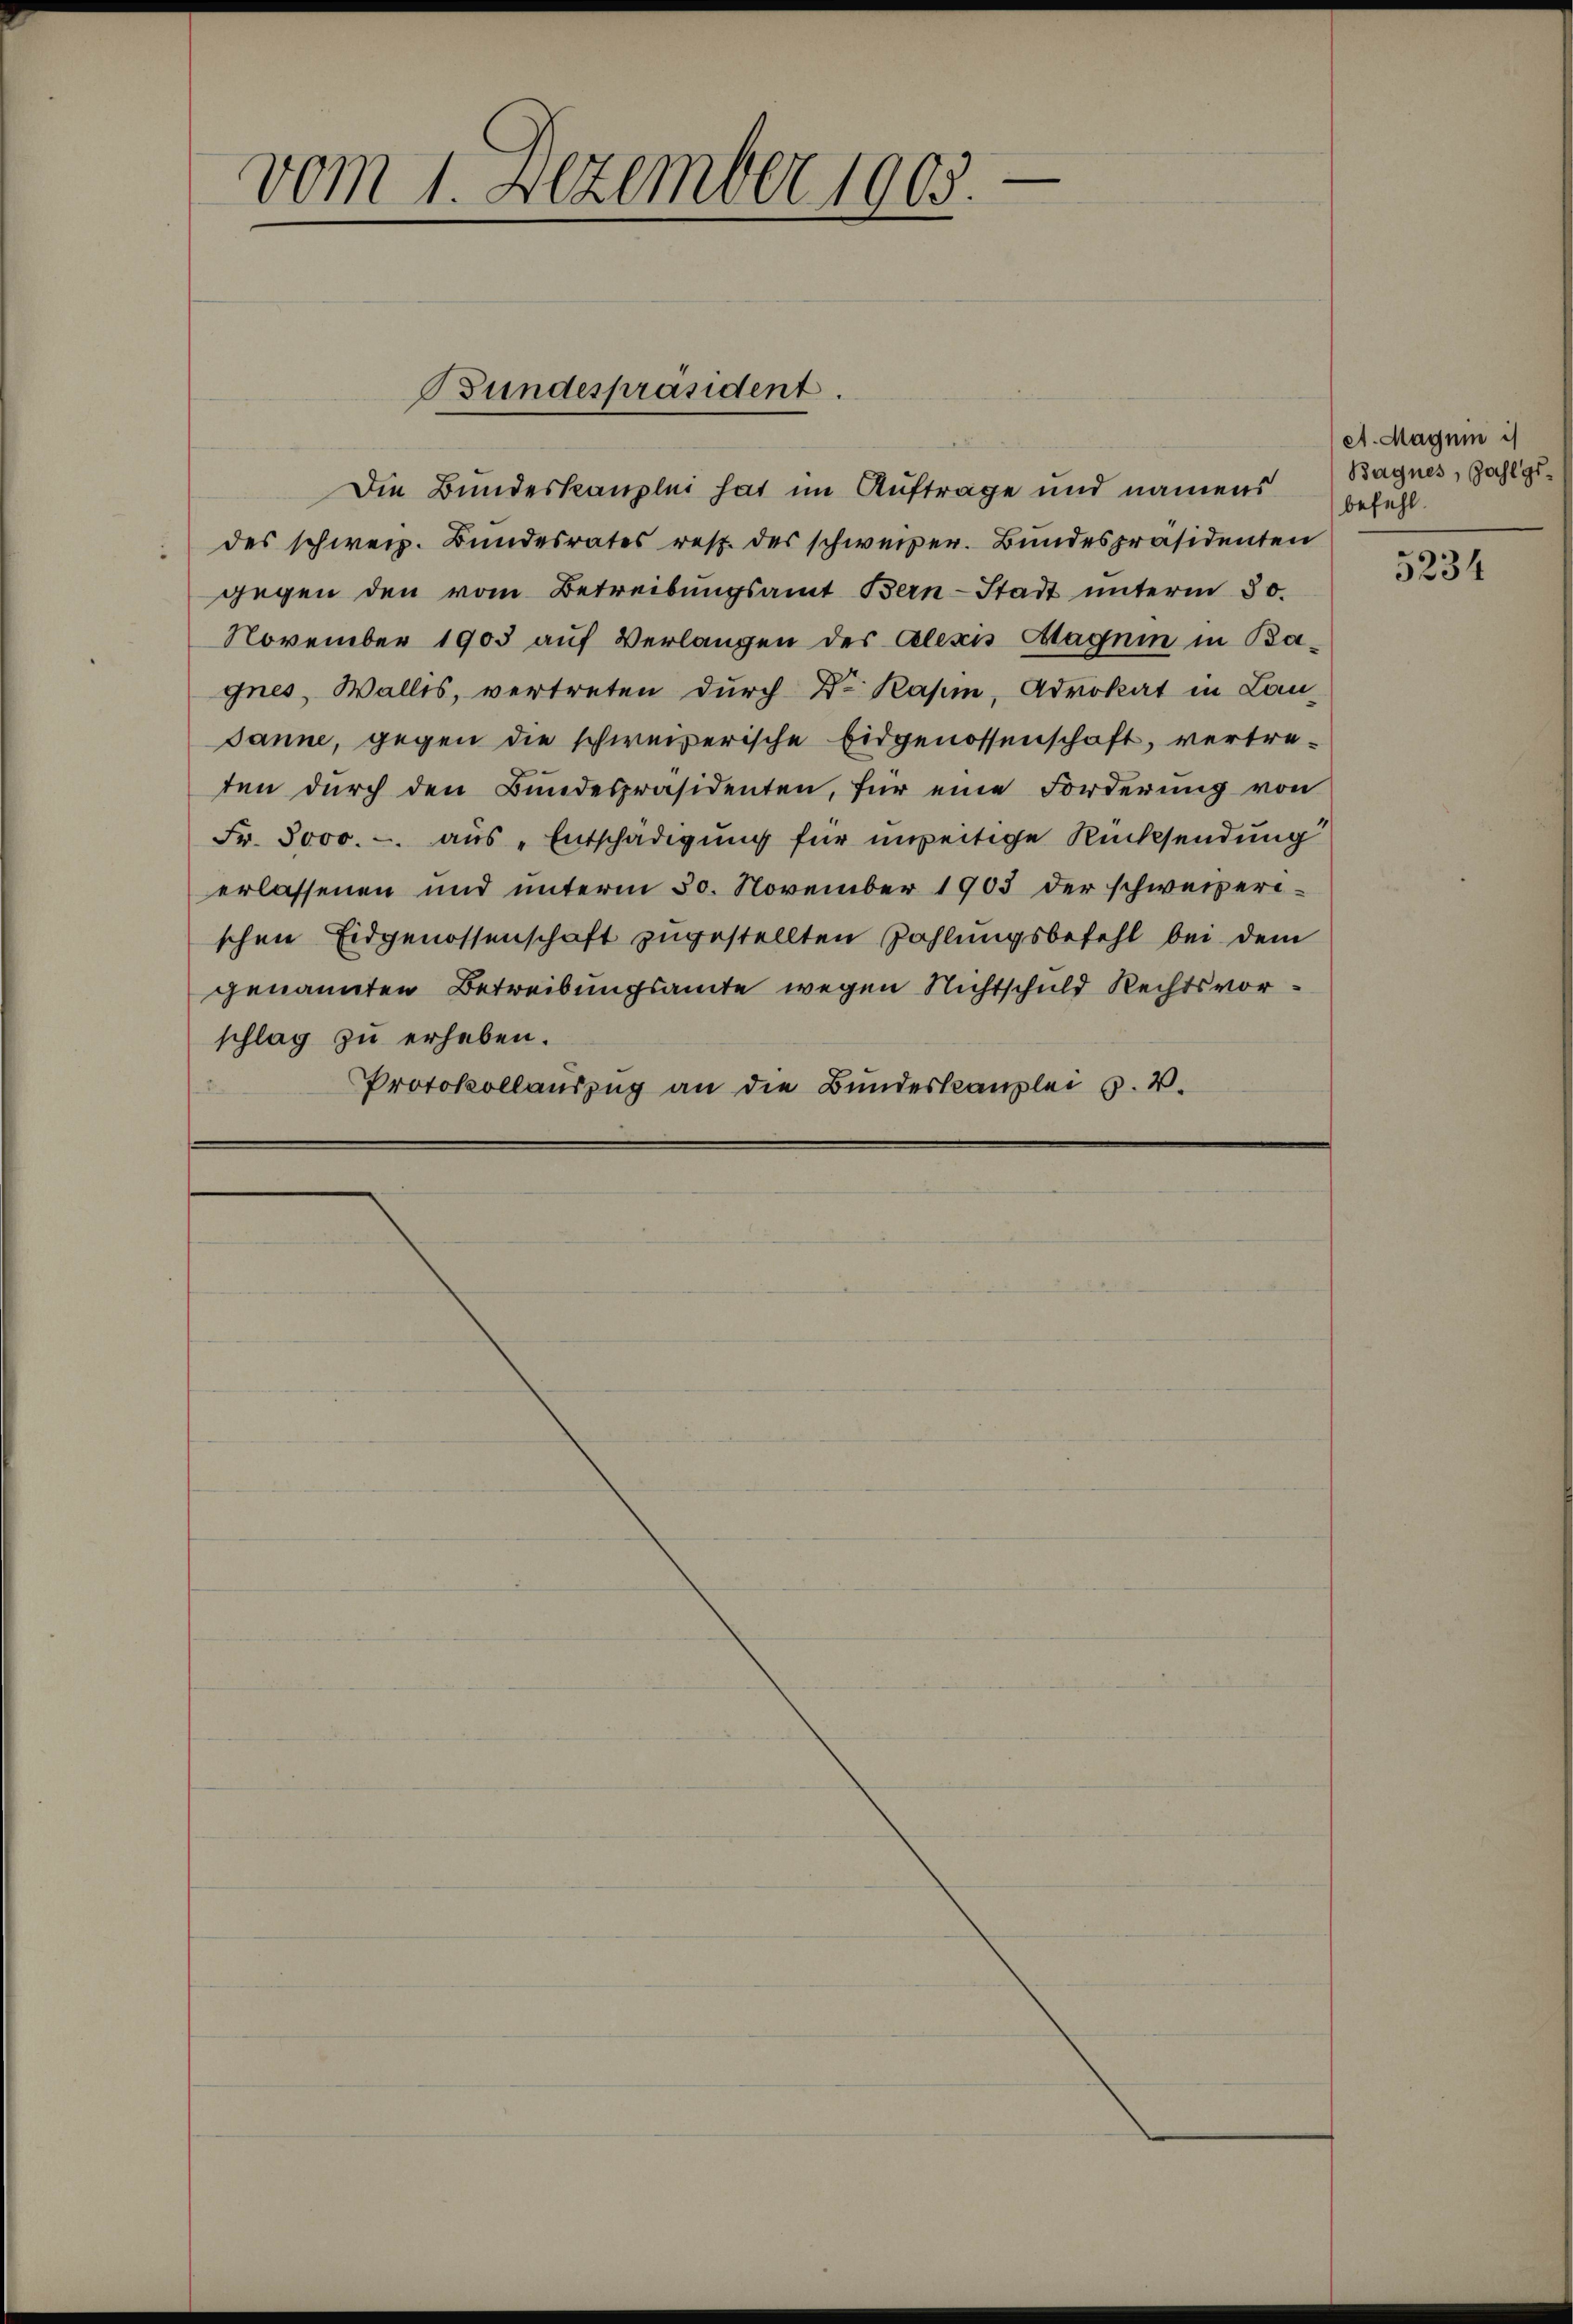
vom 1. Dezember 1903.

Bundespräsident.

Die Bundeskanzlei hat im Aufträge und namens
des schweiz. Bŭndesrates resp. des schweizer. Bundespräsidenten
gegen den vom Betreibŭngsamt Bern-Stadt ŭnterm 30.
November 1903 auf Verlangen des Alexis Magnin in Bagnes, Wallis, vertreten durch Dr Kasin, Advokat in Lau-
Janne, gegen die schweizerische Eidgenossenschaft, vertreten dŭrch den Bŭndespräsidenten, für eine Forderung von
Fr. 3000.- aus „Entschädigung für unseitige Rücksendung
erlassenen und unterm 30. November 1903 der schweizerischen Eidgenossenschaft zugestellten Zahlungsbefehl bei dem
genannten Betreibungsamte wegen Nichtschuld Rechtsvorschlag zu erheben.
Protokollauszug an die Bundeskanzlei v. 4.

A. Magni
Bagnes, so
befühl.

5234